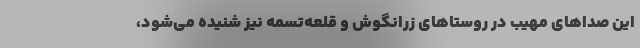
این صداهای مهیب در روستاهای زرانگوش و قلعه‌تسمه نیز شنیده می‌شود،